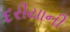
દરીયાની